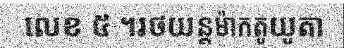
លេខ ៥ ។រថយន្តម៉ាកតូយូតា